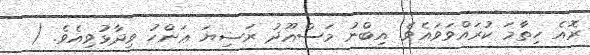
ރޮއެ ހިތާމަ ކުރައްވަވައެވެ. އިބްނު މަސްޢޫދު ރަޟިޔަ ޢަންހު ވިދާޅުވިއެވެ. (